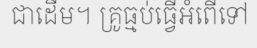
ជាដើម។ គ្រូធ្មប់ធ្វើអំពើទៅ